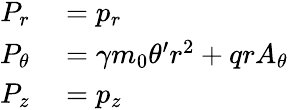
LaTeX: \begin{array}{rl}{P_{r}}&{{}=p_{r}}\\ {P_{\theta}}&{{}=\gamma m_{0}\theta^{\prime}r^{2}+qrA_{\theta}}\\ {P_{z}}&{{}=p_{z}}\end{array}